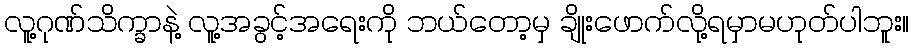
လူ့ဂုဏ်သိက္ခာနဲ့ လူ့အခွင့်အရေးကို ဘယ်တော့မှ ချိုးဖောက်လို့ရမှာမဟုတ်ပါဘူး။